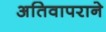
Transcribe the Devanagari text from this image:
अतिवापराने